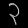
Digit: ၃